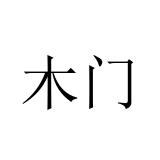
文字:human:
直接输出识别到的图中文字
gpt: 木门